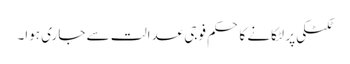
ٹکٹکی پر لٹکانے کا حکم فوجی عدالت سے جاری ہوا۔